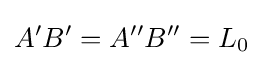
A'B'=A''B''=L_{0}